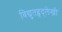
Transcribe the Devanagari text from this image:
विद्युतहृद्‌लेखी